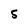
Character: 5